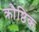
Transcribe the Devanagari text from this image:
क्रौष्ठिक